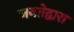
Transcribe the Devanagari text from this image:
जनतेद्वारा